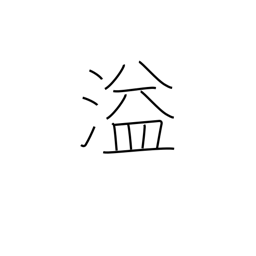
Meaning: spill